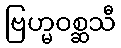
ဗြဟ္မဝစ္ဆသီ